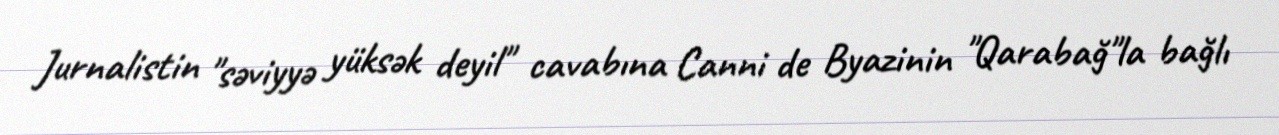
Jurnalistin "səviyyə yüksək deyil" cavabına Canni de Byazinin "Qarabağ"la bağlı